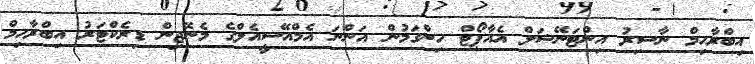
އިބްރާހިމް ނާސިރު އިންޓަނޭޝަލް އެއާޕޯޓް ހިންގަމުން އަންނަ އެމްއޭސީއެލްގެ މެނޭޖިން ޑިރެކްޓަރު އިބްރާހިމް